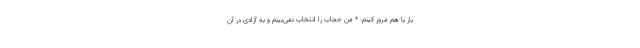
بار با هم مرور کینم: * من حجاب را انتخاب نمی‌بینم و به آزادی در آن